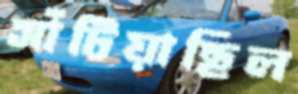
সাঁটিয়াছিল